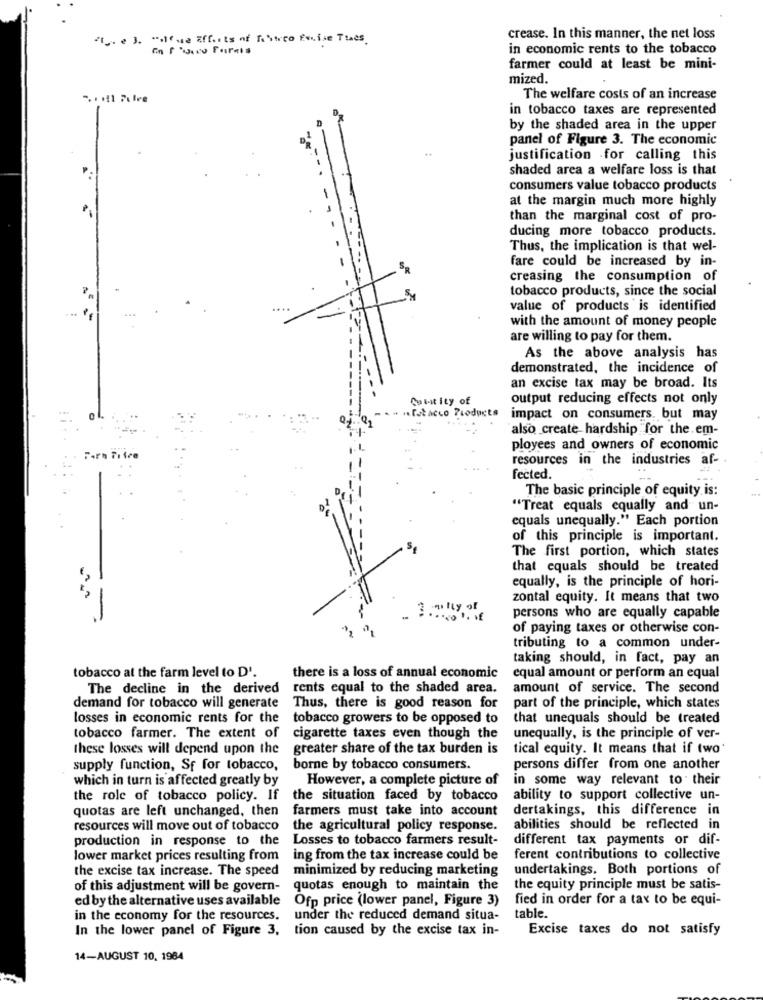
". e ). "ilfue Efforts of festco Excise Ttaes.
crease. In this manner, the net loss
in economic rents to the tobacco
farmer could at least be mini-
mized.
The welfare costs of an increase
in tobacco taxes are represented
by the shaded area in the upper
panel of Figure 3. The economic
justification for calling this
shaded area a welfare loss is that
consumers value tobacco products
at the margin much more highly
than the marginal cost of pro-
ducing more tobacco products.
Thus, the implication is that wel-
fare could be increased by in-
creasing the consumption of
tobacco products, since the social
value of products is identified
with the amount of money people
are willing to pay for them.
As the above analysis has
demonstrated, the incidence of
an excise tax may be broad. Its
Coutity of
output reducing effects not only
Patacco Products
impact on consumers, but may
also create hardship for the.em-
ployees and owners of economic
resources in the industries af-
fected.
The basic principle of equity is:
"Treat equals equally and un-
equals unequally." Each portion
of this principle is important.
The first portion, which states
that equals should be treated
equally, is the principle of hori-
zontal equity. It means that two
persons who are equally capable
of paying taxes or otherwise con-
tributing to a common under-
taking should, in fact, pay an
tobacco at the farm level to D'.
there is a loss of annual economic
equal amount or perform an equal
The decline in the derived
rents equal to the shaded area.
amount of service. The second
demand for tobacco will generate
Thus, there is good reason for
part of the principle, which states
losses in economic rents for the
tobacco growers to be opposed to
that unequals should be treated
tobacco farmer. The extent of
cigarette taxes even though the
unequally, is the principle of ver-
these losses will depend upon the
greater share of the tax burden is
tical equity. It means that if two
supply function, Sf for tobacco,
borne by tobacco consumers.
persons differ from one another
which in turn is affected greatly by
However, a complete picture of
in some way relevant to their
the role of tobacco policy. If
the situation faced by tobacco
ability to support collective un-
quotas are left unchanged, then
farmers must take into account
dertakings, this difference in
resources will move out of tobacco
the agricultural policy response.
abilities should be reflected in
production in response to the
Losses to tobacco farmers result-
different tax payments or dif-
lower market prices resulting from
ing from the tax increase could be
ferent contributions to collective
the excise tax increase. The speed
minimized by reducing marketing
undertakings. Both portions of
of this adjustment will be govern-
quotas enough to maintain the
the equity principle must be satis-
ed by the alternative uses available
Ofp price (lower panel, Figure 3)
fied in order for a tax to be equi-
in the economy for the resources.
under the reduced demand situa-
table.
In the lower panel of Figure 3, tion caused by the excise tax in-
Excise taxes do not satisfy
14-AUGUST 10, 1984